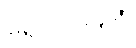
ရောဂဘူတံ